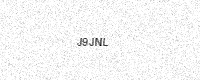
Text: J9JNL